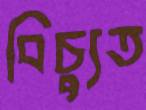
বিচ্যুত